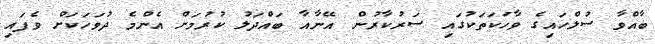
ބާއްވާ ސުލްހައިގެ ވާހަކަތަކުގައި ސަރުކާރުން އޭނާއާ ބައްދަލު ކުރުމަށް އެންމެ ދުވަހަކަށް ވެފައި